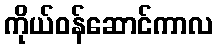
ကိုယ်ဝန်ဆောင်ကာလ